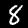
Label: 8